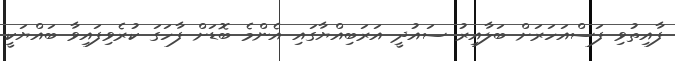
ފާއިތުވި ފަސްއަހަރަށް ބަލާއިރު ސައުދީ އަރަބިއްޔާގައި އެންމެ ބޮޑަށް ފާހަގަ ކުރެވިފައިވާ ބައްޔަކީ